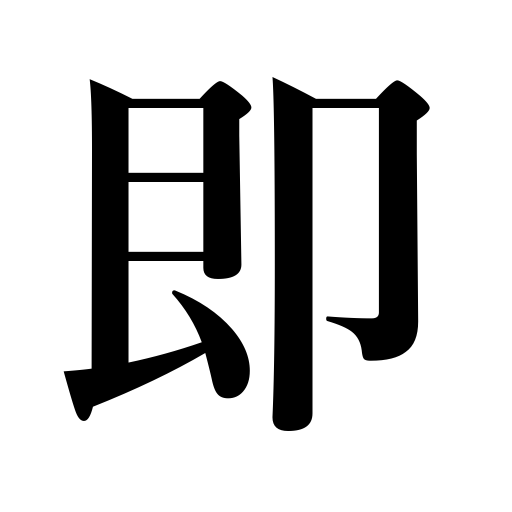
Meanings: as is,namely